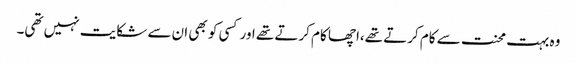
وہ بہت محنت سے کام کرتے تھے،اچھا کام کرتے تھے اور کسی کو بھی ان سے شکایت نہیں تھی۔